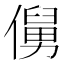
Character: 𱏖